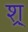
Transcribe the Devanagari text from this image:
श्र्